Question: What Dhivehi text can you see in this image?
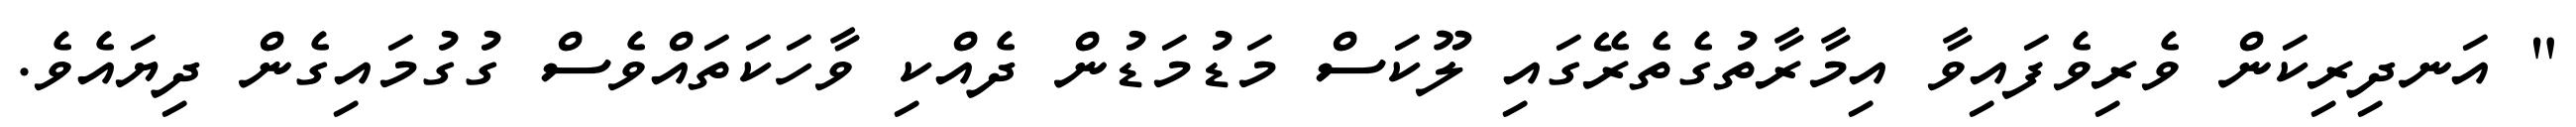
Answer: " އަނދިރިކަން ވެރިވެފައިވާ އިމާރާތުގެތެރޭގައި ލޫކަސް މަޑުމަޑުން ދެއްކި ވާހަކަތައްވެސް ގުގުމައިގެން ދިޔައެވެ.